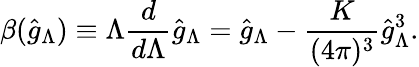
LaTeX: \beta(\hat{g}_{\Lambda})\equiv\Lambda\frac{d}{d\Lambda}\hat{g}_{\Lambda}=\hat{g}_{\Lambda}-\frac{K}{(4\pi)^{3}}\hat{g}_{\Lambda}^{3}.